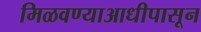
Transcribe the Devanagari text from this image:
मिळवण्याआधीपासून